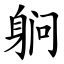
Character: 䠺